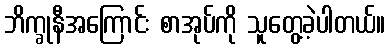
ဘိက္ခုနီအကြောင်း စာအုပ်ကို သူတွေ့ခဲ့ပါတယ်။